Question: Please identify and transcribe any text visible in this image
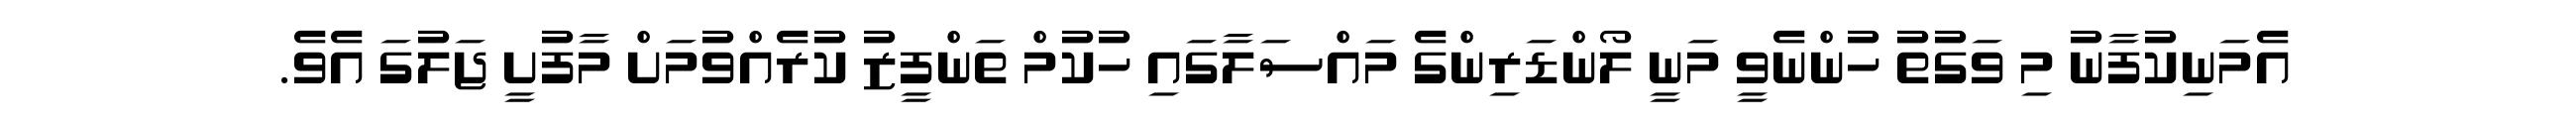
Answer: އެމަނިކުފާނު މި ވަގުތު ހުންނެވީ މަނީ ލޯންޑަރިންގެ މައްސަލާގައި ހުކުމް ތަންފީޒު ކުރެއްވުމަށް މާފުށީ ޖަލުގަ އެވެ.